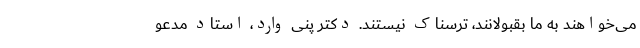
می‌خواهند به ما بقبولانند، ترسناک نیستند. دکتر پنی وارد، استاد مدعو